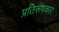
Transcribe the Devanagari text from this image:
प्रतिरूपकार